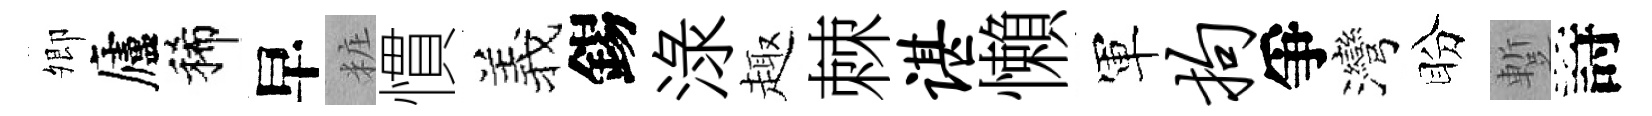
𡖖廬稀早粧慣羲錫渌趣棘谌懶軍拘爭灣盼蹔詩